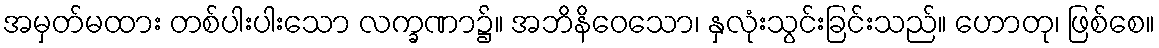
အမှတ်မထား တစ်ပါးပါးသော လက္ခဏာ၌။ အဘိနိဝေသော၊ နှလုံးသွင်းခြင်းသည်။ ဟောတု၊ ဖြစ်စေ။